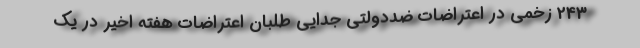
243 زخمی در اعتراضات ضددولتی جدایی طلبان اعتراضات هفته اخیر در یک